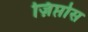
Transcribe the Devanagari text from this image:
ज़िप्तोस